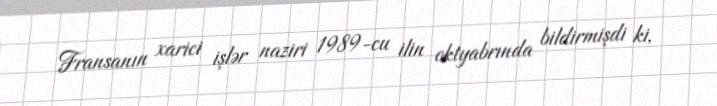
Fransanın xarici işlər naziri 1989-cu ilin oktyabrında bildirmişdi ki,